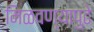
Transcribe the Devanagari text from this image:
मिळवण्यापुढे